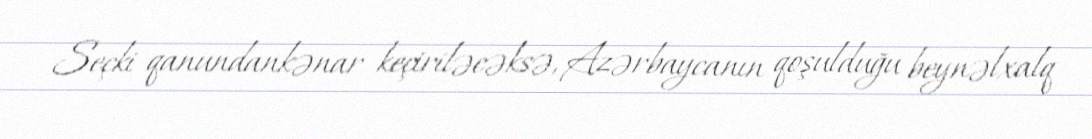
Seçki qanundankənar keçiriləcəksə, Azərbaycanın qoşulduğu beynəlxalq